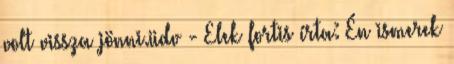
volt vissza jönni.üdv - Elek fortis írta: Én ismerek